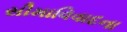
સીમાવિવાદના